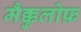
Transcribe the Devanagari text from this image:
मैक्कुलोफ़